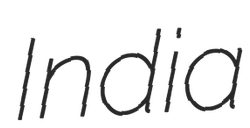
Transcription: India